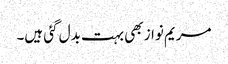
مریم نواز بھی بہت بدل گئی ہیں۔